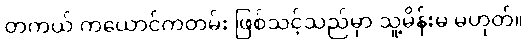
တကယ် ကယောင်ကတမ်း ဖြစ်သင့်သည်မှာ သူ့မိန်းမ မဟုတ်။